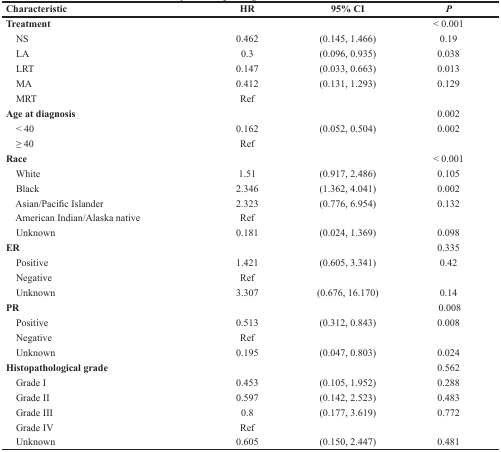
<table><thead><tr><td><b>Characteristic</b></td><td><b>HR</b></td><td><b>95% CI</b></td><td><b><i>P</i></b></td></tr></thead><tbody><tr><td><b>Treatment</b></td><td></td><td></td><td>&lt; 0.001</td></tr><tr><td> NS</td><td>0.462</td><td>(0.145, 1.466)</td><td>0.19</td></tr><tr><td> LA</td><td>0.3</td><td>(0.096, 0.935)</td><td>0.038</td></tr><tr><td> LRT</td><td>0.147</td><td>(0.033, 0.663)</td><td>0.013</td></tr><tr><td> MA</td><td>0.412</td><td>(0.131, 1.293)</td><td>0.129</td></tr><tr><td> MRT</td><td>Ref</td><td></td><td></td></tr><tr><td><b>Age at diagnosis</b></td><td></td><td></td><td>0.002</td></tr><tr><td> &lt; 40</td><td>0.162</td><td>(0.052, 0.504)</td><td>0.002</td></tr><tr><td> ≥ 40</td><td>Ref</td><td></td><td></td></tr><tr><td><b>Race</b></td><td></td><td></td><td>&lt; 0.001</td></tr><tr><td> White</td><td>1.51</td><td>(0.917, 2.486)</td><td>0.105</td></tr><tr><td> Black</td><td>2.346</td><td>(1.362, 4.041)</td><td>0.002</td></tr><tr><td> Asian/Pacific Islander</td><td>2.323</td><td>(0.776, 6.954)</td><td>0.132</td></tr><tr><td> American Indian/Alaska native</td><td>Ref</td><td></td><td></td></tr><tr><td> Unknown</td><td>0.181</td><td>(0.024, 1.369)</td><td>0.098</td></tr><tr><td><b>ER</b></td><td></td><td></td><td>0.335</td></tr><tr><td> Positive</td><td>1.421</td><td>(0.605, 3.341)</td><td>0.42</td></tr><tr><td> Negative</td><td>Ref</td><td></td><td></td></tr><tr><td> Unknown</td><td>3.307</td><td>(0.676, 16.170)</td><td>0.14</td></tr><tr><td><b>PR</b></td><td></td><td></td><td>0.008</td></tr><tr><td> Positive</td><td>0.513</td><td>(0.312, 0.843)</td><td>0.008</td></tr><tr><td> Negative</td><td>Ref</td><td></td><td></td></tr><tr><td> Unknown</td><td>0.195</td><td>(0.047, 0.803)</td><td>0.024</td></tr><tr><td><b>Histopathological grade</b></td><td></td><td></td><td>0.562</td></tr><tr><td> Grade I</td><td>0.453</td><td>(0.105, 1.952)</td><td>0.288</td></tr><tr><td> Grade II</td><td>0.597</td><td>(0.142, 2.523)</td><td>0.483</td></tr><tr><td> Grade III</td><td>0.8</td><td>(0.177, 3.619)</td><td>0.772</td></tr><tr><td> Grade IV</td><td>Ref</td><td></td><td></td></tr><tr><td> Unknown</td><td>0.605</td><td>(0.150, 2.447)</td><td>0.481</td></tr></tbody></table>